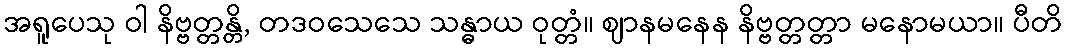
အရူပေသု ဝါ နိဗ္ဗတ္တန္တိ, တဒဝသေသေ သန္ဓာယ ဝုတ္တံ။ ဈာနမနေန နိဗ္ဗတ္တတ္တာ မနောမယာ။ ပီတိ